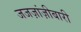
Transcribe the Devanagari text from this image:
जजज़ांज़ीबारी